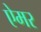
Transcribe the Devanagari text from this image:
ऐमर